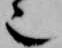
也